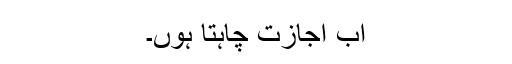
اب اجازت چاہتا ہوں۔